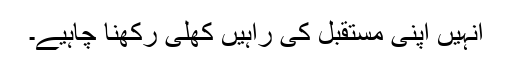
انہیں اپنی مستقبل کی راہیں کھلی رکھنا چاہیے۔